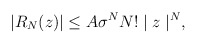
\begin{align*}|R_N (z)| \leq A\sigma^N N!\mid z\mid^N ,\end{align*}